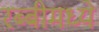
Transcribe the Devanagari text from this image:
रब्बीमध्ये